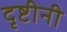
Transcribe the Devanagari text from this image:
दृष्टीनी